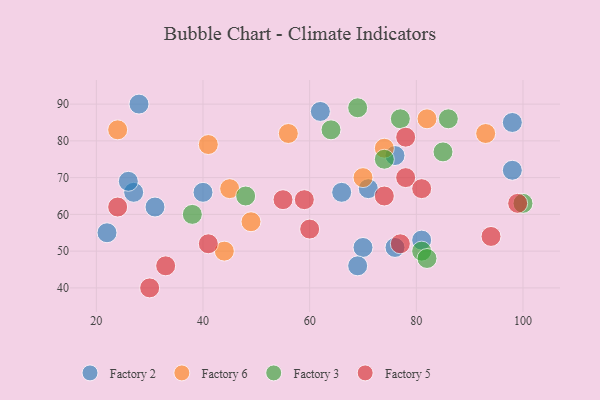
{"axis": {"x": "GDP", "y": "Life Expectancy"}, "legend": ["Factory 2", "Factory 3", "Factory 5", "Factory 6"], "data": [{"x": "81", "y": 53, "type": "Factory 2"}, {"x": "98", "y": 72, "type": "Factory 2"}, {"x": "31", "y": 62, "type": "Factory 2"}, {"x": "28", "y": 90, "type": "Factory 2"}, {"x": "40", "y": 66, "type": "Factory 2"}, {"x": "70", "y": 51, "type": "Factory 2"}, {"x": "62", "y": 88, "type": "Factory 2"}, {"x": "98", "y": 85, "type": "Factory 2"}, {"x": "27", "y": 66, "type": "Factory 2"}, {"x": "22", "y": 55, "type": "Factory 2"}, {"x": "69", "y": 46, "type": "Factory 2"}, {"x": "26", "y": 69, "type": "Factory 2"}, {"x": "76", "y": 51, "type": "Factory 2"}, {"x": "66", "y": 66, "type": "Factory 2"}, {"x": "76", "y": 76, "type": "Factory 2"}, {"x": "71", "y": 67, "type": "Factory 2"}, {"x": "82", "y": 86, "type": "Factory 6"}, {"x": "70", "y": 70, "type": "Factory 6"}, {"x": "74", "y": 78, "type": "Factory 6"}, {"x": "41", "y": 79, "type": "Factory 6"}, {"x": "49", "y": 58, "type": "Factory 6"}, {"x": "56", "y": 82, "type": "Factory 6"}, {"x": "44", "y": 50, "type": "Factory 6"}, {"x": "45", "y": 67, "type": "Factory 6"}, {"x": "24", "y": 83, "type": "Factory 6"}, {"x": "93", "y": 82, "type": "Factory 6"}, {"x": "64", "y": 83, "type": "Factory 3"}, {"x": "81", "y": 50, "type": "Factory 3"}, {"x": "74", "y": 75, "type": "Factory 3"}, {"x": "38", "y": 60, "type": "Factory 3"}, {"x": "48", "y": 65, "type": "Factory 3"}, {"x": "86", "y": 86, "type": "Factory 3"}, {"x": "69", "y": 89, "type": "Factory 3"}, {"x": "100", "y": 63, "type": "Factory 3"}, {"x": "85", "y": 77, "type": "Factory 3"}, {"x": "77", "y": 86, "type": "Factory 3"}, {"x": "82", "y": 48, "type": "Factory 3"}, {"x": "33", "y": 46, "type": "Factory 5"}, {"x": "41", "y": 52, "type": "Factory 5"}, {"x": "78", "y": 70, "type": "Factory 5"}, {"x": "94", "y": 54, "type": "Factory 5"}, {"x": "77", "y": 52, "type": "Factory 5"}, {"x": "78", "y": 81, "type": "Factory 5"}, {"x": "55", "y": 64, "type": "Factory 5"}, {"x": "24", "y": 62, "type": "Factory 5"}, {"x": "74", "y": 65, "type": "Factory 5"}, {"x": "30", "y": 40, "type": "Factory 5"}, {"x": "59", "y": 64, "type": "Factory 5"}, {"x": "81", "y": 67, "type": "Factory 5"}, {"x": "99", "y": 63, "type": "Factory 5"}, {"x": "60", "y": 56, "type": "Factory 5"}]}